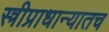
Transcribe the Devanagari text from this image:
स्त्रीप्राधान्यातच